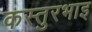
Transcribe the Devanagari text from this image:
कस्तुरभाइ